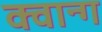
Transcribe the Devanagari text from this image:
क्वान्ग